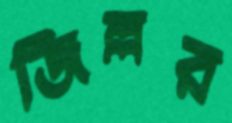
জিল্লর